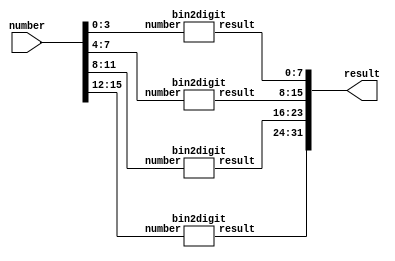
`timescale 1ns / 1ps
//////////////////////////////////////////////////////////////////////////////////
// Company: 
// Engineer: 
// 
// Design Name: 
// Module Name:    display_to_hex 
// Project Name: 
// Target Devices: 
// Tool versions: 
// Description: 
//
// Dependencies: 
//
// Revision: 
// Revision 0.01 - File Created
// Additional Comments: 
//
//////////////////////////////////////////////////////////////////////////////////
module display_to_hex(
    input [15:0] number,
    output [31:0] result
    );
    bin2digit b2d1 (
        .number(number[3:0]),
        .result(result[7:0])
        );
    bin2digit b2d2 (
        .number(number[7:4]),
        .result(result[15:8])
        );
    bin2digit b2d3 (
        .number(number[11:8]),
        .result(result[23:16])
        );
    bin2digit b2d4 (
        .number(number[15:12]),
        .result(result[31:24])
        );
endmodule


module bin2digit(
    input [3:0] number,
    output [7:0] result
    );
    
    assign result = (number == 4'd0)  ? 8'b00000011: // 0
                    (number == 4'd1)  ? 8'b10011111: // 1
                    (number == 4'd2)  ? 8'b00100101: // 2
                    (number == 4'd3)  ? 8'b00001101: // 3
                    (number == 4'd4)  ? 8'b10011001: // 4
                    (number == 4'd5)  ? 8'b01001001: // 5
                    (number == 4'd6)  ? 8'b01000001: // 6
                    (number == 4'd7)  ? 8'b00011111: // 7
                    (number == 4'd8)  ? 8'b00000001: // 8
                    (number == 4'd9)  ? 8'b00001001: // 9
                    (number == 4'd10) ? 8'b00010001: // A
                    (number == 4'd11) ? 8'b00000000: // B
                    (number == 4'd12) ? 8'b01100011: // C
                    (number == 4'd13) ? 8'b00000010: // D
                    (number == 4'd14) ? 8'b01100001: // E
                    8'b01110001;                     // F
    
endmodule